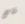
قاض